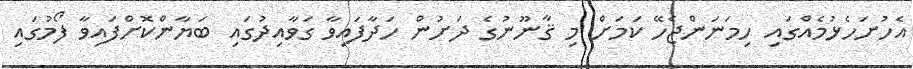
އެހުށަހެޅުމެއްގައި ހިމަނަންޖެހޭ ކަމަށް މި ޤާނޫނުގެ ދަށުން ހަދާފައިވާ ގަވާއިދުގައި ބަޔާންކޮށްފައިވާ ފޯމުގައި